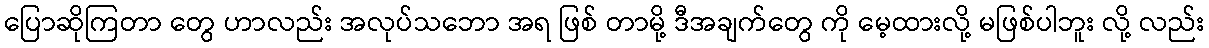
ပြောဆိုကြတာ တွေ ဟာလည်း အလုပ်သဘော အရ ဖြစ် တာမို့ ဒီအချက်တွေ ကို မေ့ထားလို့ မဖြစ်ပါဘူး လို့ လည်း